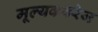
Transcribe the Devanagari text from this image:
मूल्यकवरेज